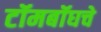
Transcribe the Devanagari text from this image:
टॉमबॉघचे